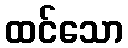
ထင်သော